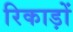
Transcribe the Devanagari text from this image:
रिकाड़ों